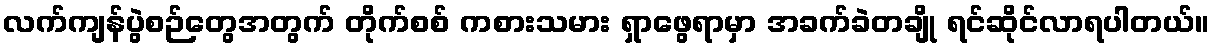
လက်ကျန်ပွဲစဉ်တွေအတွက် တိုက်စစ် ကစားသမား ရှာဖွေရာမှာ အခက်ခဲတချို ရင်ဆိုင်လာရပါတယ်။